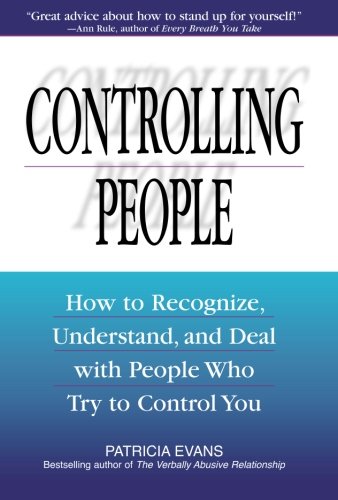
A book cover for Controlling People: How to Recognize, Understand, and Deal with People Who Try to Control You; Patricia Evans; Health, Fitness & Dieting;